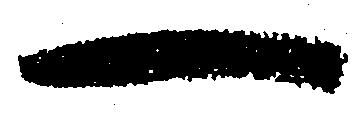
一